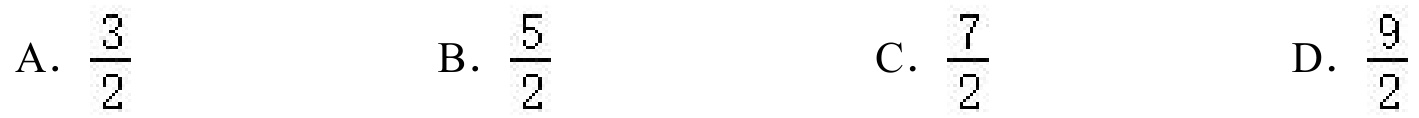
A. \(\frac{3}{2}\)  B. \(\frac{5}{2}\)  C. \(\frac{7}{2}\)  D. \(\frac{9}{2}\)